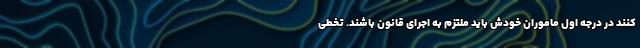
کنند در درجه اول ماموران خودش باید ملتزم به اجرای قانون باشند. تخطی